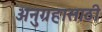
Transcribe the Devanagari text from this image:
अनुग्रहासाठी